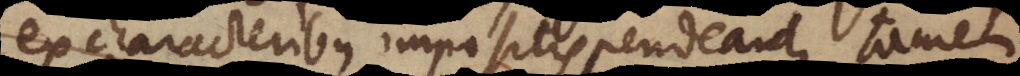
ex characteribus impositis pendeant, tamen